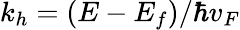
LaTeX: k_{h}=(E-E_{f})/\hbar v_{F}